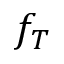
f _ { T }